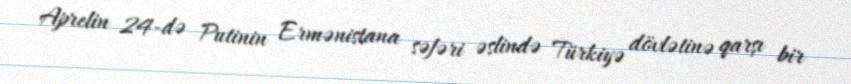
Aprelin 24-də Putinin Ermənistana səfəri əslində Türkiyə dövlətinə qarşı bir